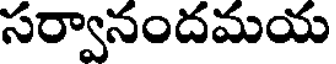
సర్వానందమయ